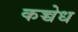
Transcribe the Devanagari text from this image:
कच्चेध